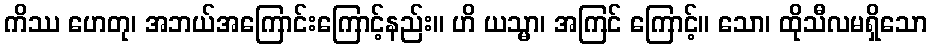
ကိဿ ဟေတု၊ အဘယ်အကြောင်းကြောင့်နည်း။ ဟိ ယသ္မာ၊ အကြင် ကြောင့်။ သော၊ ထိုသီလမရှိသော